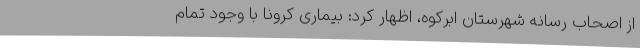
از اصحاب رسانه شهرستان ابرکوه، اظهار کرد: بیماری کرونا با وجود تمام